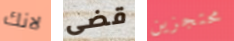
لانك قضى محتجزين